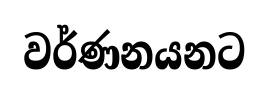
වර්ණනයනට